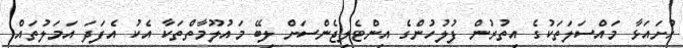
ހުށައަޅާ މައްސަލަތަކުގެ އިތުރުން ފުލުހުންގެ އިންޓެލިޖެންސަށް ލިބޭ މައުލޫމާތްތަކާ އެކު އެފަދަ އަމަލުތައް